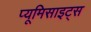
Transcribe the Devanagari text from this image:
प्यूमिसाइट्स